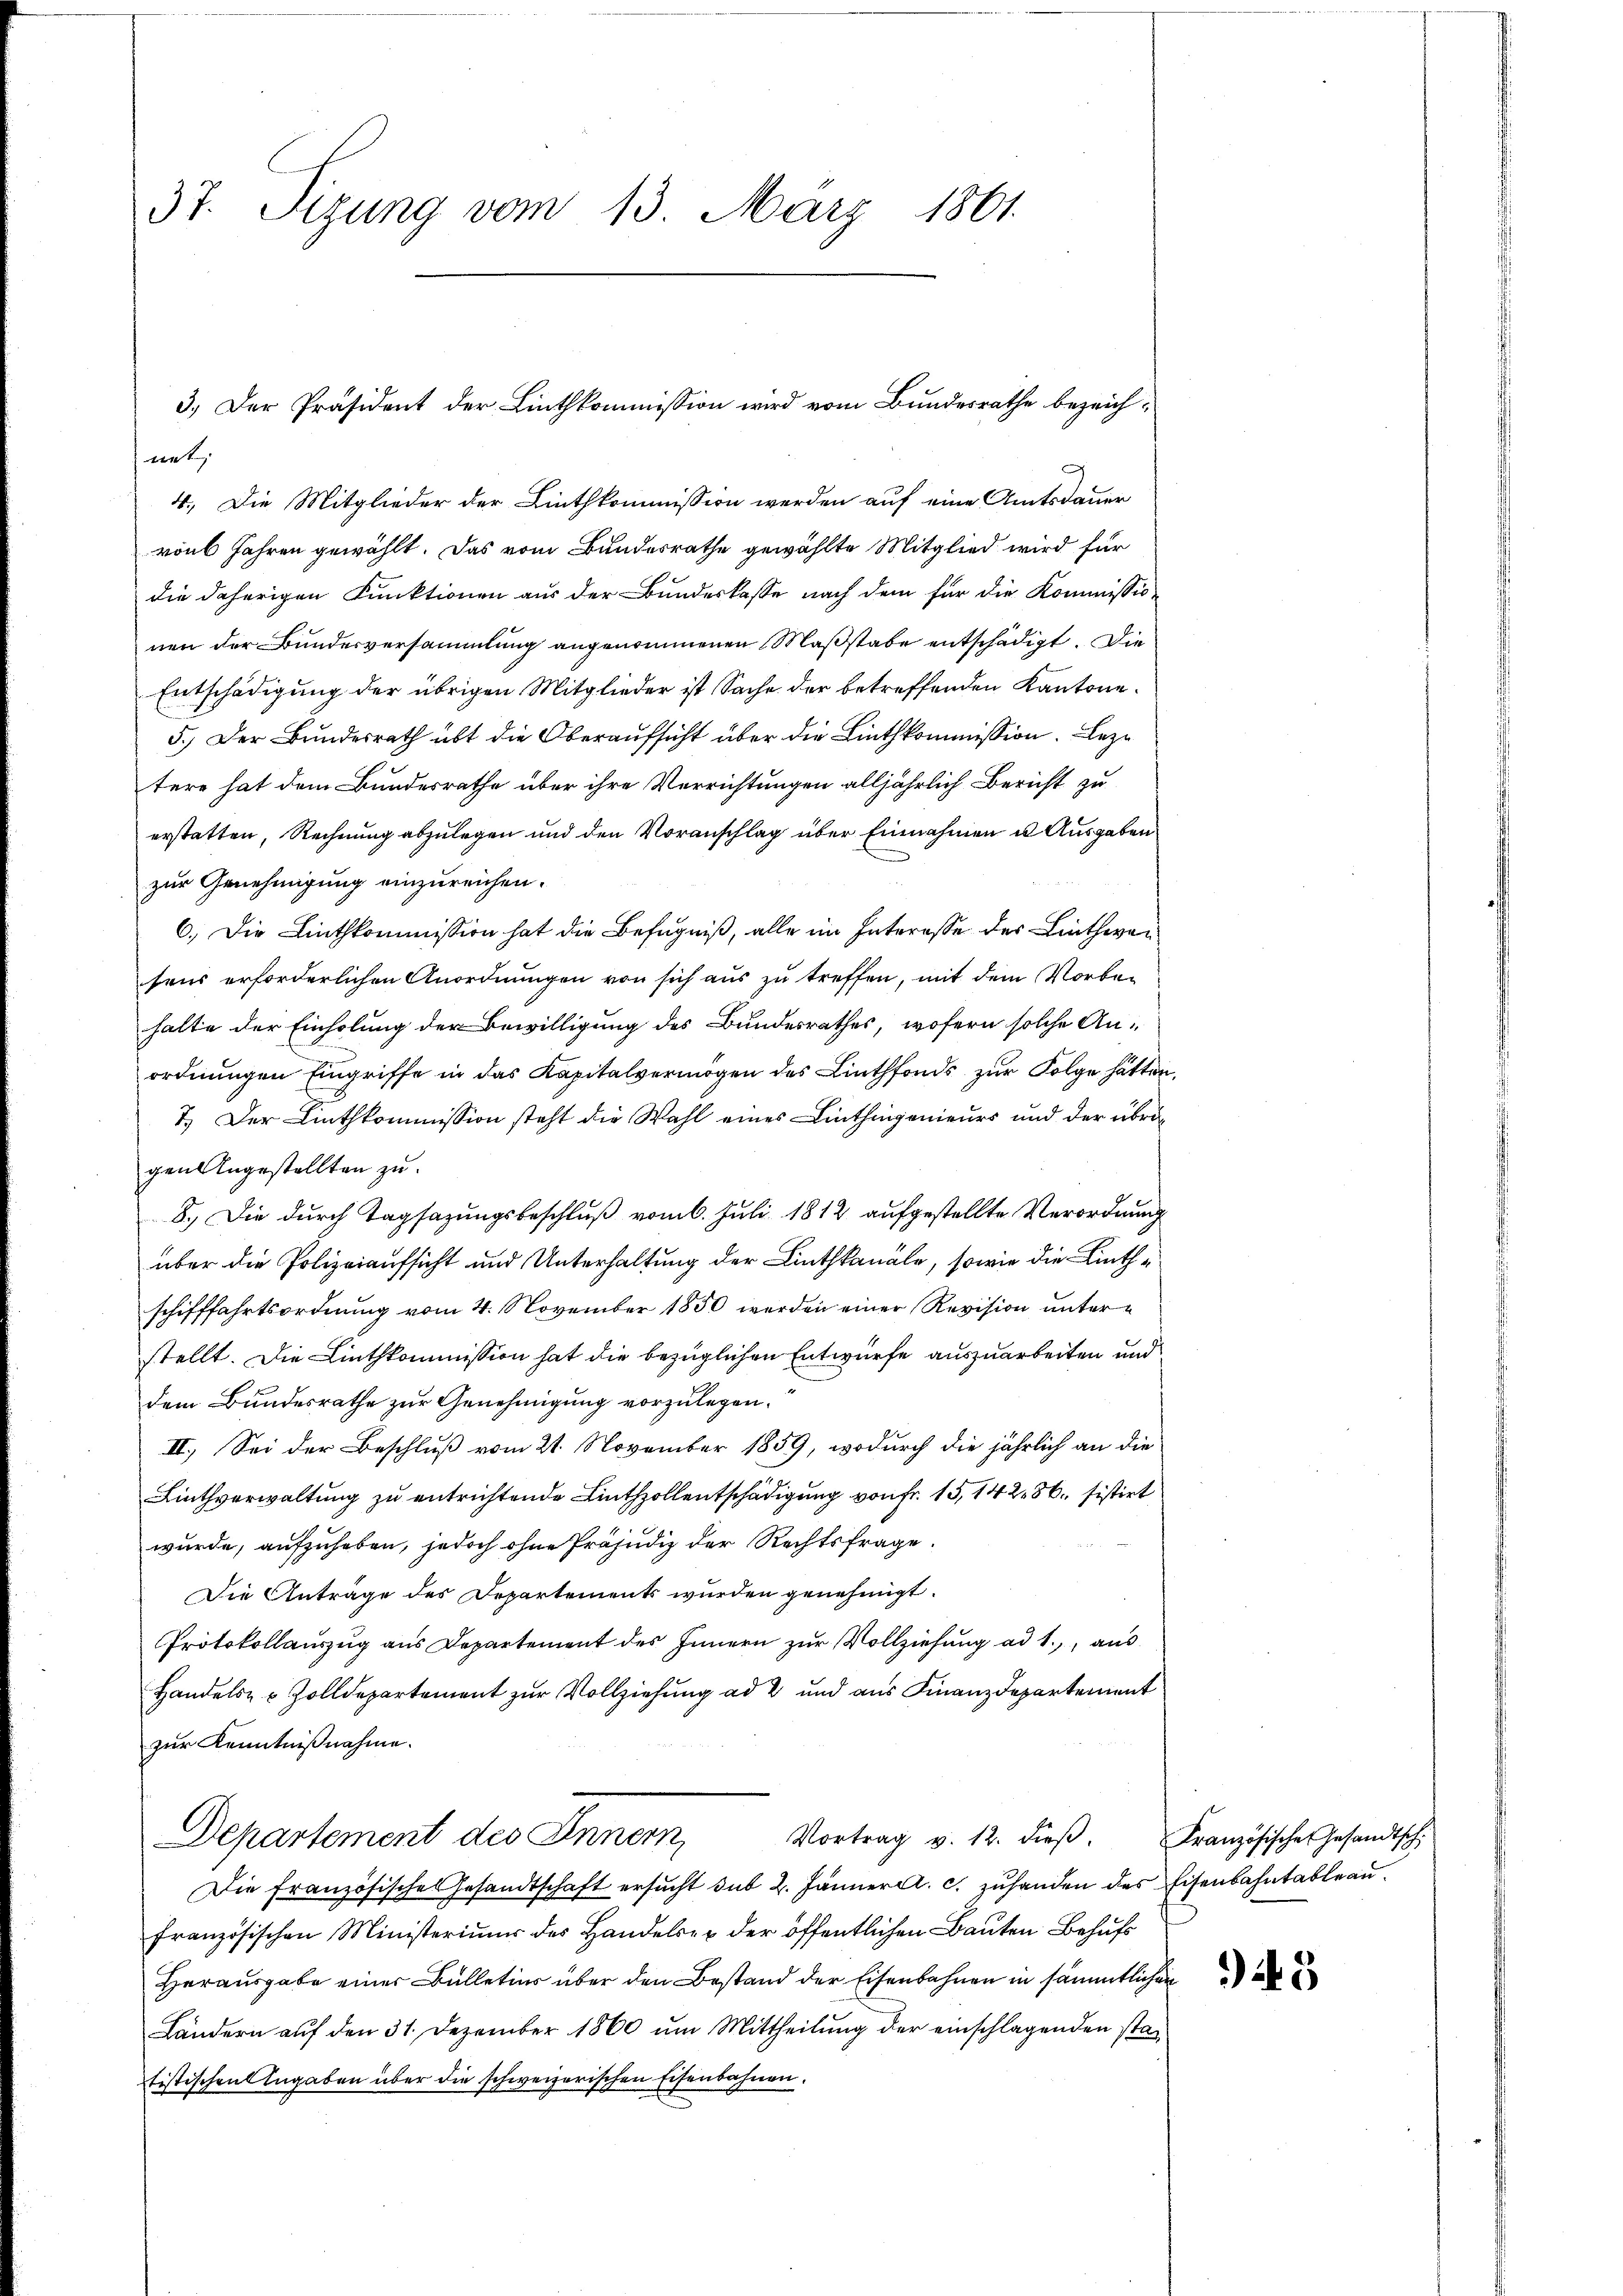
37. Sizung vom 13. März 1861

net,
4. Die Mitglieder der Linthkommission werden auf eine Amtsdauer
von Jahren gewählt. Das vom Bundesrathe gewählte Mitglied wird für
die daherigen Funktionen aus der Bundeskasse nach dem für die Kommissio
nen der Bundesversammlung angenommenen Maßstabe entschädigt. Die
Entschädigung der übrigen Mitglieder ist Sache der betreffenden Kantone.
5.) Der Bundesrath übt die Oberaufsicht über die Linthkommission. Bezu
tere hat dem Bundesrathe über ihre Verrichtungen alljährlich Bericht zu
erstatten, Rechnung abzulegen und den Voranschlag über Einnahmen u. Ausgaben
zur Genehmigung einzureichen.
6.) Die Linthkommission hat die Befugniß, alle im Interesse des Linthwen
sens erforderlichen Anordnungen von sich aus zu treffen, mit dem Vorbehalte der Einholung der Bewilligung des Bundesrathes, wofern solche Anordnungen Eingriffe in das Kapitalvermögen des Linthfonds zur Folge hätten
7.) Der Linthkommission steht die Wahl eines Linthingenieurs und der übrigen Angestellten zu.
8.) Die durch Tagsazungsbeschluß vom 6. Juli 1812 aufgestellte Verordnung
über die Polizeiaufsicht und Unterhaltung der Linthkanäle, sowie die Linthschifffahrtsordnung vom 4. November 1850 werden einer Revision unterstellt. Die Linthkommission hat die bezüglichen Entwurfe auszuarbeiten und
dem Bundesrathe zur Genehmigung vorzulegen.
II. Sei der Beschluß vom 21. November 1859, wodurch die jährlich an die
Linthverwaltung zu entrichtende Linthzollentschädigung von Fr. 15, 142. 86. sistirt
wurde, aufzuheben, jedoch ohne Präjudiz der Rechtsfrage.
Die Anträge des Departements wurden genehmigt.
Protokollaŭszŭg ans Departement des Innern zŭr Vollziehŭng ad 1., aŭs
Handels- & Zolldepartement zur Vollziehung ad 2 und aus Finanzdepartement
zur Kenntnißnahme.
Vortrag v. 12. dieβ.
Departement des Innern
Die Französische Gesandtschaft ersucht dit 2. Jänner a. c. zuhanden des Eisenbahntableau
französischen Ministerimum des Handelser der öffentlichen Bauten Behufs
Herausgabe einer Bulletins über den Bestand der Eisenbahnen in sämmtlichen
Ländern auf den 31. Dezember 1860 um Mittheilung der einschlagenden statistischen Angaben über die schweizerischen Eisenbahnen.

3.) Der Präsident der Linthkommission wird vom Bundesrathe bezeich¬

Französische Gesandtsch.

e

t

) 5